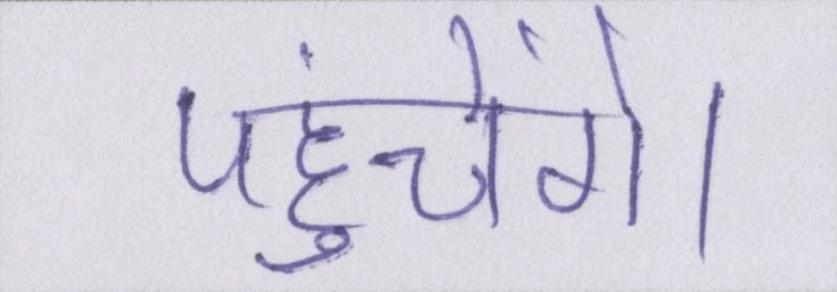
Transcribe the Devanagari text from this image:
पहुंचेंगे।